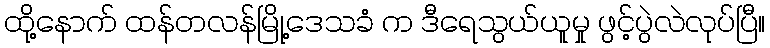
ထို့နောက် ထန်တလန်မြို့ဒေသခံ က ဒီရေသွယ်ယူမှု ဖွင့်ပွဲလဲလုပ်ပြီ။